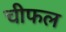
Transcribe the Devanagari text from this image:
चीफल